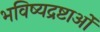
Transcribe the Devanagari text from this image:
भविष्यद्रष्टाओं